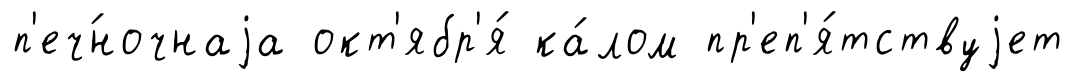
п'еч́ночнаjа окт'ябр'я́ ка́лом пр'еп'я́тствуjет